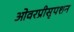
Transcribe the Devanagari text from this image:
ओवरप्रीसृपशन